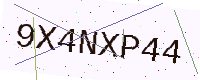
Text: 9X4NXP44